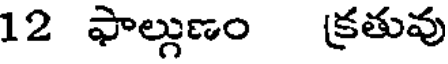
12 ఫాల్గుణం క్రతువు